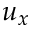
u _ { x }